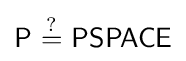
{\mathsf {P}}\ {\stackrel {?}{=}}\ {\mathsf {PSPACE}}